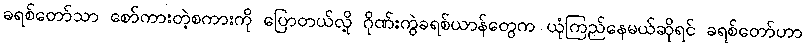
ခရစ်တော်သာ စော်ကားတဲ့စကားကို ပြောတယ်လို့ ဂိုဏ်းကွဲခရစ်ယာန်တွေက ယုံကြည်နေမယ်ဆိုရင် ခရစ်တော်ဟာ